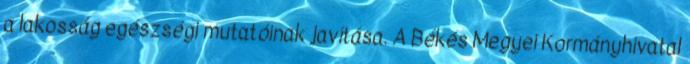
a lakosság egészségi mutatóinak javítása. A Békés Megyei Kormányhivatal